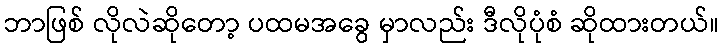
ဘာဖြစ် လိုလဲဆိုတော့ ပထမအခွေ မှာလည်း ဒီလိုပုံစံ ဆိုထားတယ်။